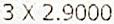
3 X 2.9000